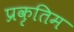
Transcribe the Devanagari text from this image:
प्रकृतिम